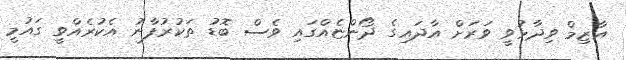
އާޒިމް ވިދާޅުވީ ވަރަށް އާދައިގެ ދޯންޏެއްގައި ވެސް ބޮޑު ތަކުރުފާނު އެކުރެއްވީ ގައުމީ